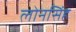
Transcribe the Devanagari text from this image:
लोनसिंह